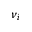
\nu _ { i }